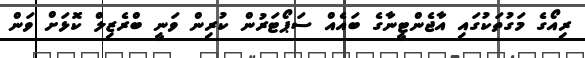
ރިއޯގެ މަގުތަކުގައި އާޖެންޓީނާގެ ބައެއް ސަޕޯޓަރުން ކުރިން ވަނީ ބްރެޒިލް ކޮޅަށް ވަން